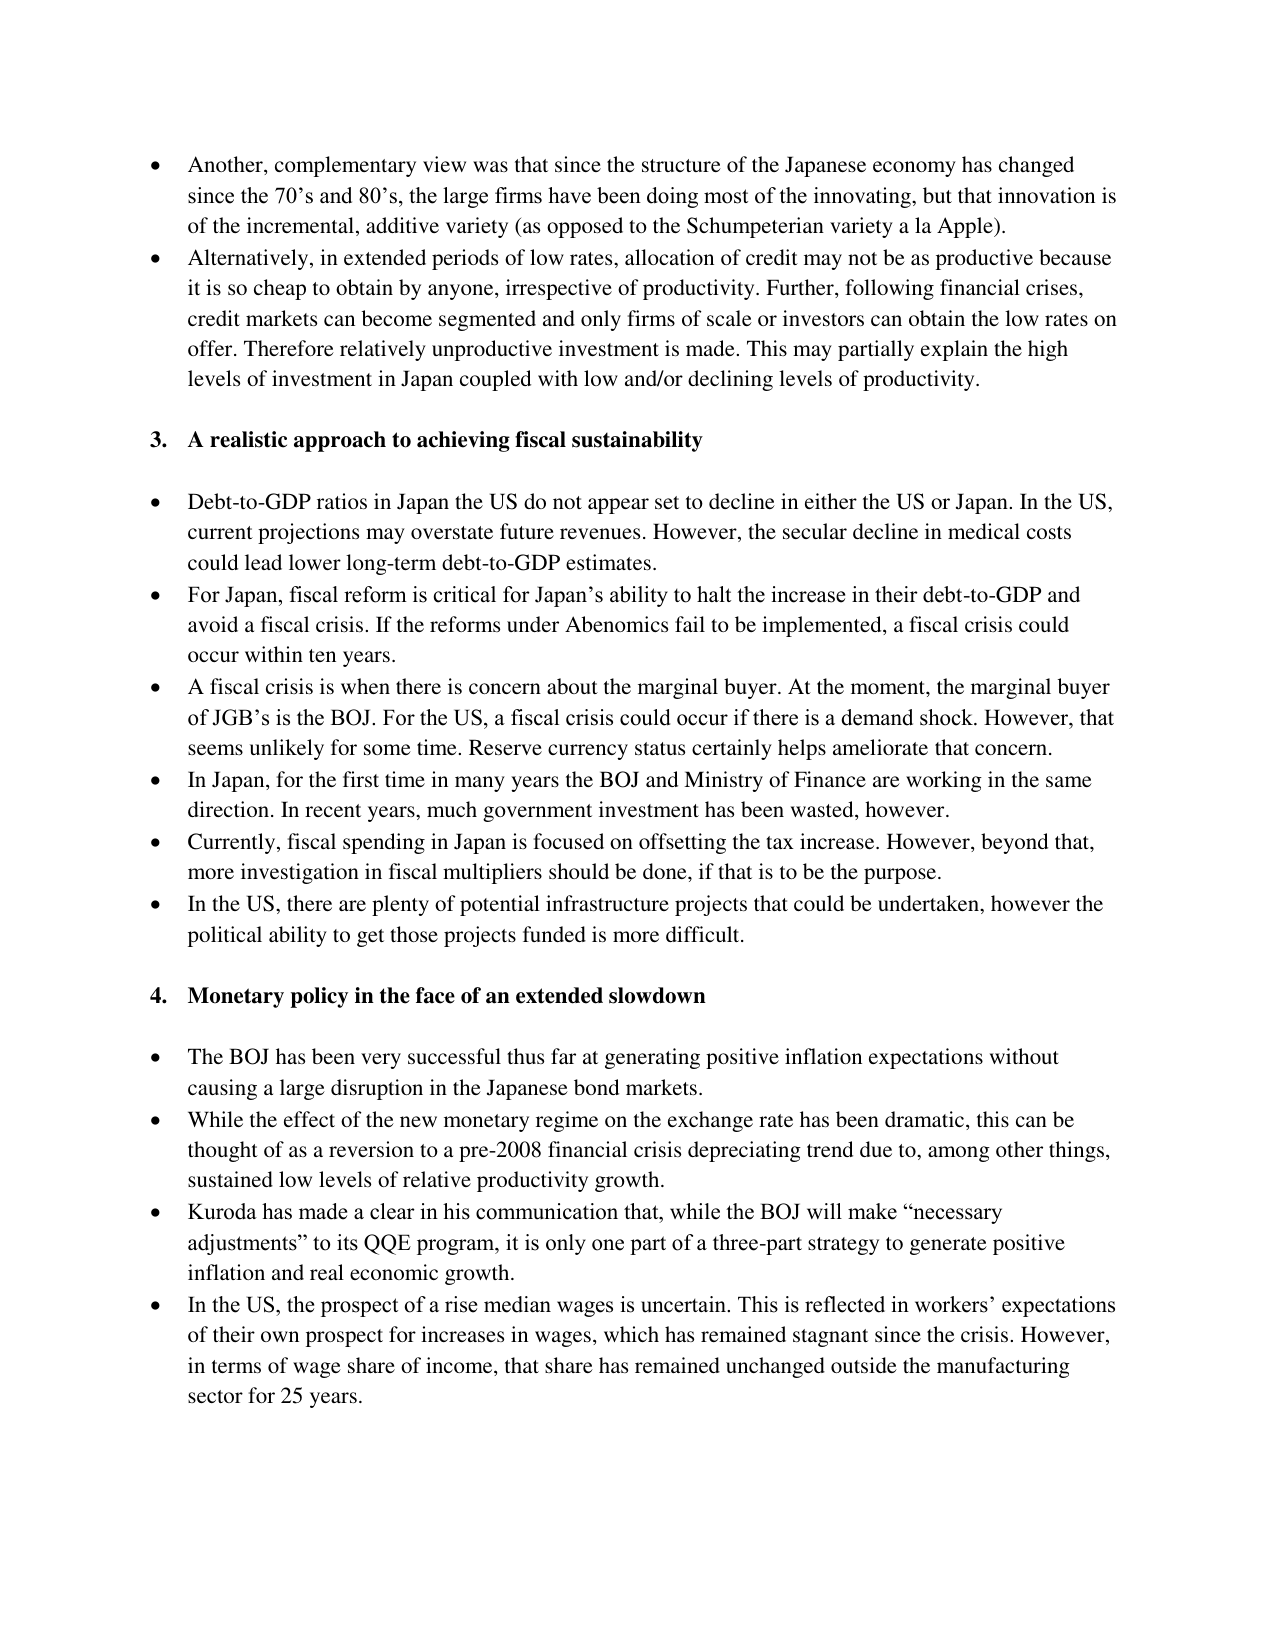
• Another, complementary view was that since the structure of the Japanese economy has changed since the 70’s and 80’s, the large firms have been doing most of the innovating, but that innovation is of the incremental, additive variety (as opposed to the Schumpeterian variety a la Apple).

• Alternatively, in extended periods of low rates, allocation of credit may not be as productive because it is so cheap to obtain by anyone, irrespective of productivity. Further, following financial crises, credit markets can become segmented and only firms of scale or investors can obtain the low rates on offer. Therefore relatively unproductive investment is made. This may partially explain the high levels of investment in Japan coupled with low and/or declining levels of productivity.

3. A realistic approach to achieving fiscal sustainability

• Debt-to-GDP ratios in Japan the US do not appear set to decline in either the US or Japan. In the US, current projections may overstate future revenues. However, the secular decline in medical costs could lead lower long-term debt-to-GDP estimates.

• For Japan, fiscal reform is critical for Japan’s ability to halt the increase in their debt-to-GDP and avoid a fiscal crisis. If the reforms under Abenomics fail to be implemented, a fiscal crisis could occur within ten years.

• A fiscal crisis is when there is concern about the marginal buyer. At the moment, the marginal buyer of JGB’s is the BOJ. For the US, a fiscal crisis could occur if there is a demand shock. However, that seems unlikely for some time. Reserve currency status certainly helps ameliorate that concern.

• In Japan, for the first time in many years the BOJ and Ministry of Finance are working in the same direction. In recent years, much government investment has been wasted, however.

• Currently, fiscal spending in Japan is focused on offsetting the tax increase. However, beyond that, more investigation in fiscal multipliers should be done, if that is to be the purpose.

• In the US, there are plenty of potential infrastructure projects that could be undertaken, however the political ability to get those projects funded is more difficult.

4. Monetary policy in the face of an extended slowdown

• The BOJ has been very successful thus far at generating positive inflation expectations without causing a large disruption in the Japanese bond markets.

• While the effect of the new monetary regime on the exchange rate has been dramatic, this can be thought of as a reversion to a pre-2008 financial crisis depreciating trend due to, among other things, sustained low levels of relative productivity growth.

• Kuroda has made a clear in his communication that, while the BOJ will make “necessary adjustments” to its QQE program, it is only one part of a three-part strategy to generate positive inflation and real economic growth.

• In the US, the prospect of a rise median wages is uncertain. This is reflected in workers’ expectations of their own prospect for increases in wages, which has remained stagnant since the crisis. However, in terms of wage share of income, that share has remained unchanged outside the manufacturing sector for 25 years.